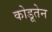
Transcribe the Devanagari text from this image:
कोडूतेन